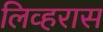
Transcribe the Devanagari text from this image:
लिव्हरास